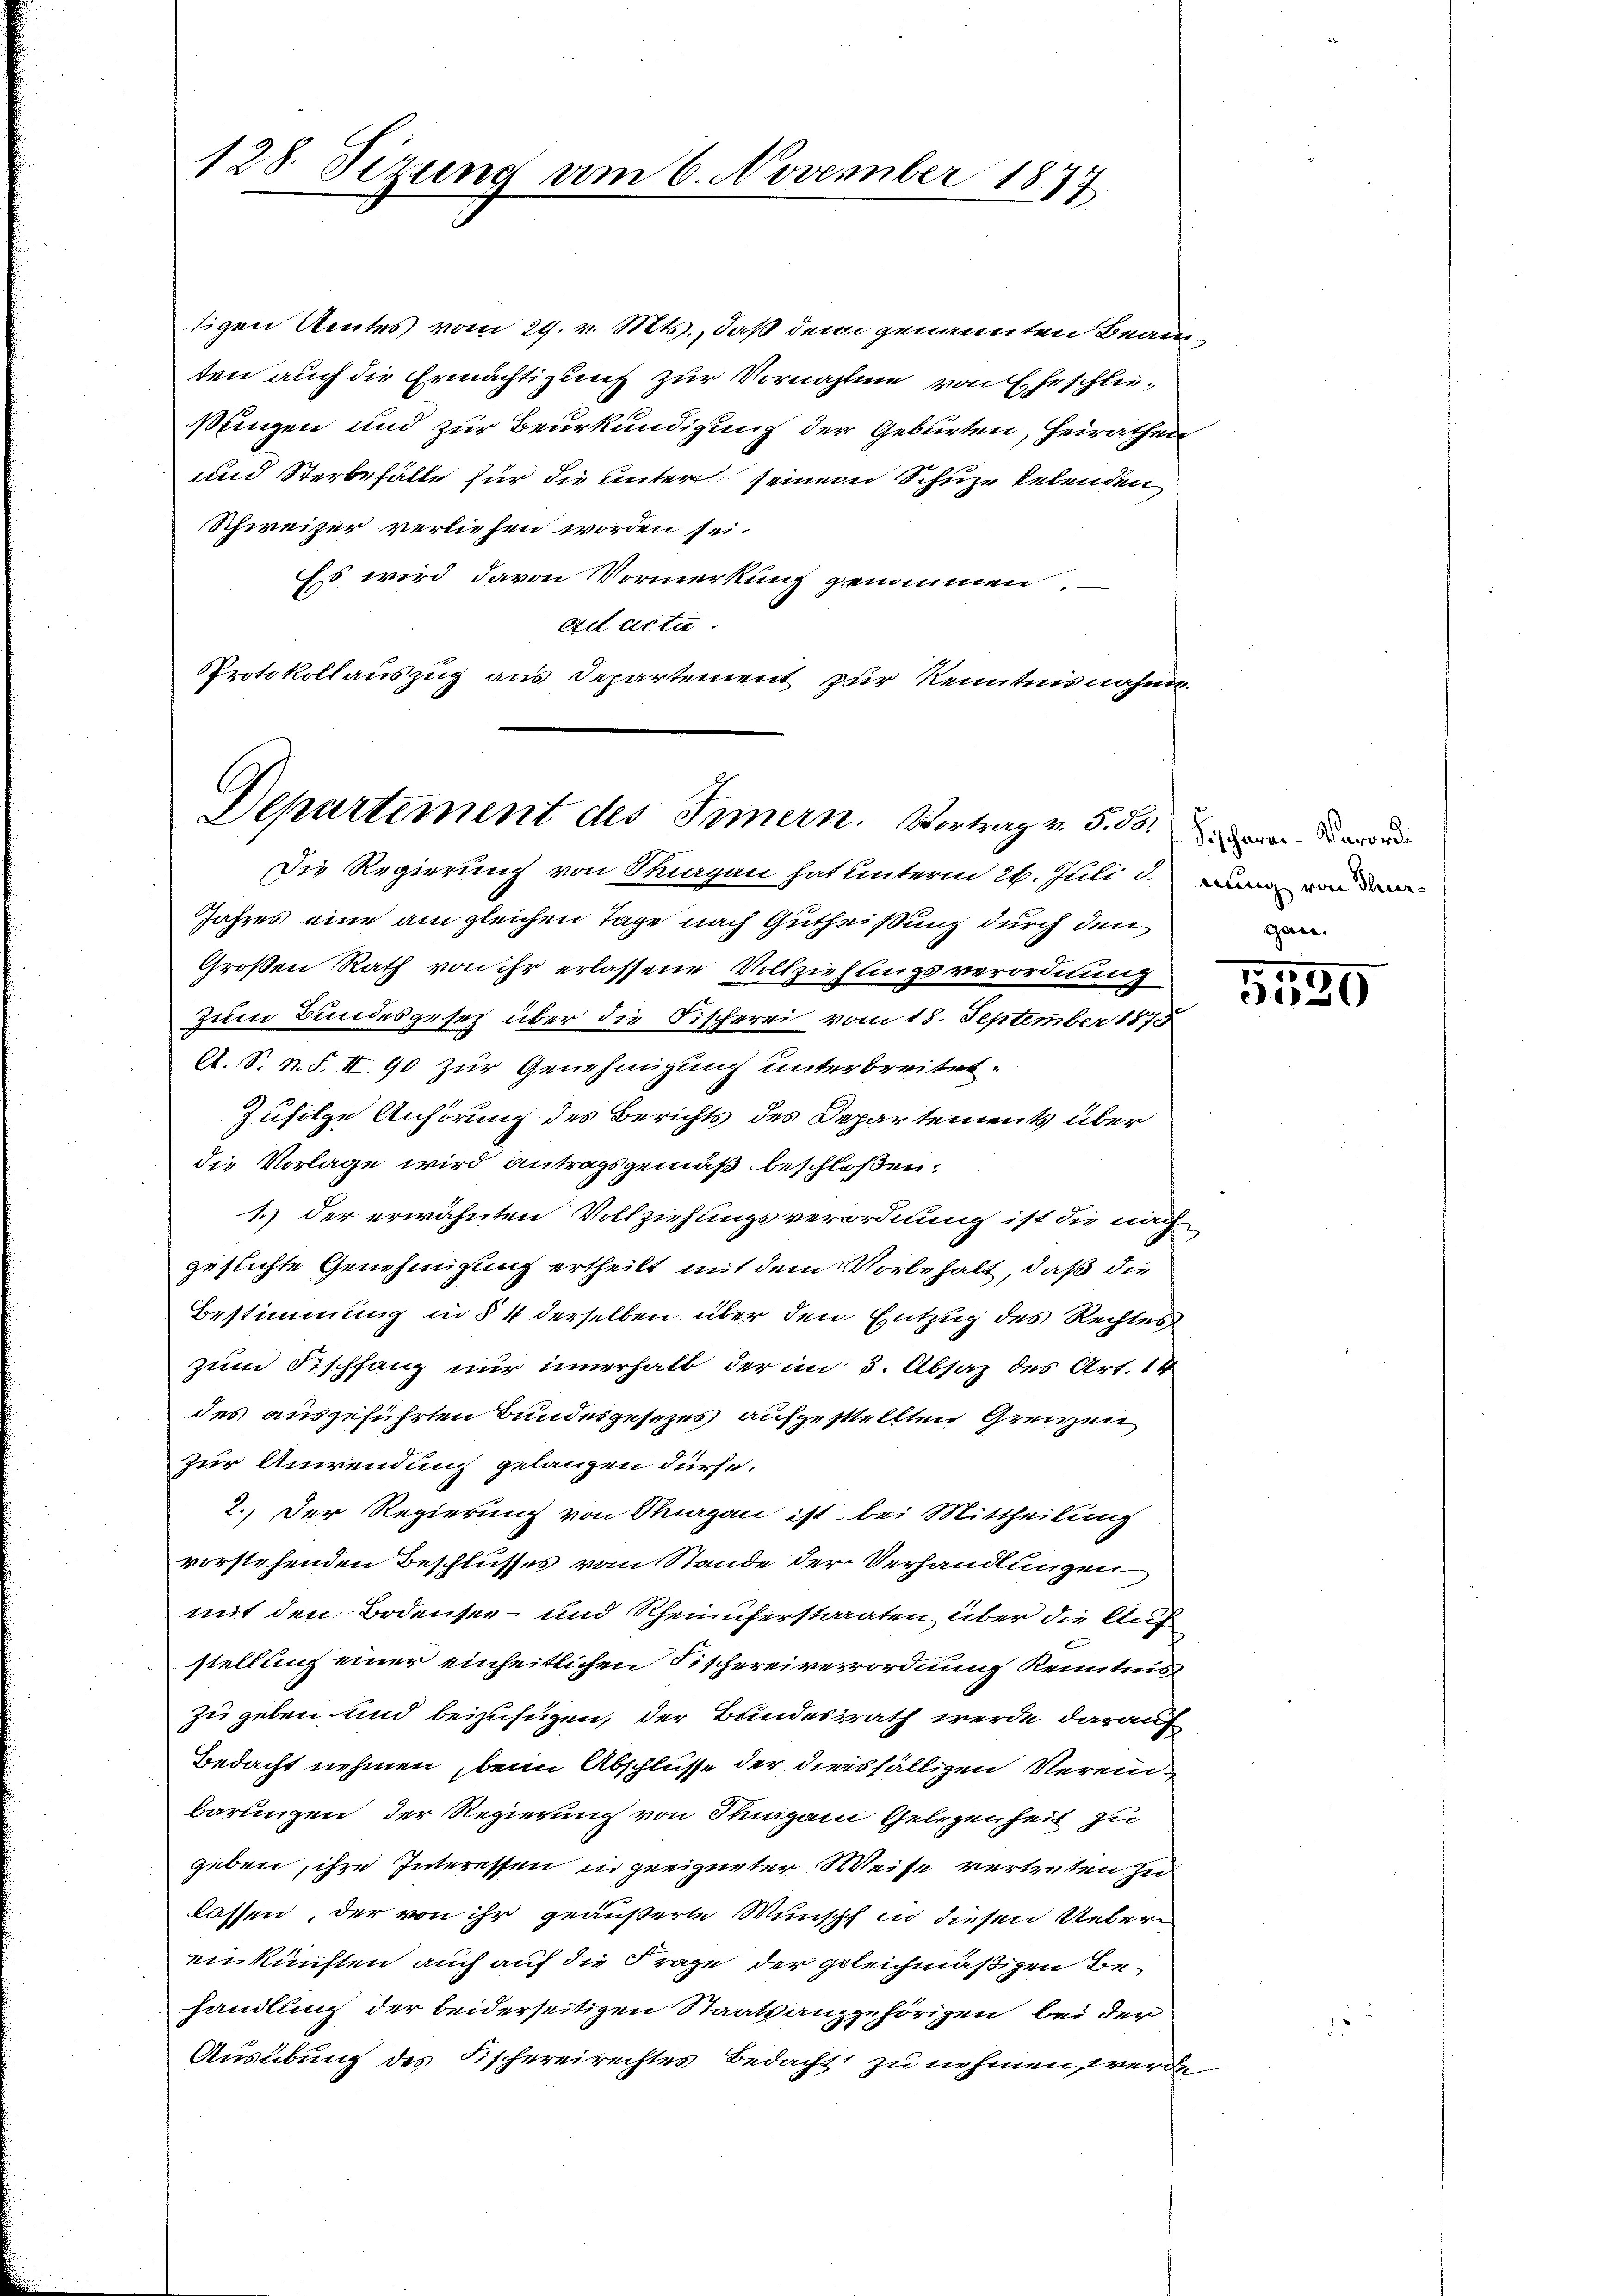
128. Sizung am 6. November 1877

tigen Amtes vom 29. v. Mts., daß dem genannten Beam
ten auch die Ermächtigung zur Vornahme von Eheschlusingen und zur Beurkundigung der Geburten, Heirathen
und Sterbehälte für die unter seinem Schutze lebenden
Schweizer verliefen worden sei.
Es wird davon Vormerkung genommen.
Ad acta.
Protokollauszug aus Departement zur Kenntnisnahme.

Departement des Innern. Vortrag v. 5. ds.

Die Regierung von Sargau hat unterm 26. Juli d. Dann von dem
Jahres eine am gleichen Tage nach Gutheißung durch den
Großen Rath von ihr erlassene Vollziehungsverordnung
zum Bundesgesetz über die Fischerei vom 18. September 1875
A. S. N. S. II. 90 zur Genehmigung unterbreitet.
Zufolge Anhörung des Berichts des Departements über
die Vorlage wird antragsgemäß beschloßen:
1.) der erwähnten Vollziehungsverordnung ist die nach
geflichte Genehmigung ertheilt mit dem Vorbehalt, daß die
Bestimmung in § 4 derselben über den Entzug des Rechtes
zum Sischfang nur innerhalb der im 5. Absaz des Art. 14
des ausgeführten Bundesgesezes aufgestellten Grenzen
zur Anwendung gelangen dürfe.
2.) Der Regierung von Thurgau ist bei Mittheilung
vorstehenden Beschlusses vom Stande der Verhandlungen
mit den Bodensee- und Rheinuferstaaten über die Auf
stellung einer einheitlichen Fischereiverordnung Kenntnis
zu geben und beizufügen, der Bundesrath werde darauf
Bedacht nehmen, beim Abschlüsse der diesfälligen Vereinbarlingen der Regierung von Thurgani Gelegenheit zu
geben, ihre Interessen in geeigneter Weise vertreten zu
lassen, der von ihr geäußerte Wunsch in diesen Uebereinkünften auch auf die Frage der geleichmäßigen Behandlung der beiderseitigen Staatsanzgehörigen bei der
Ausübung des Fischereirechtes Bedacht zu nehmen, werd

gan.

9
320